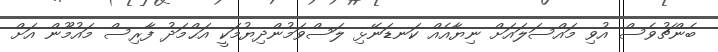
ބެންޗުވެސް އުވި މައްސަލައަށް ނިޔާއެއް ކަނޑަނޭޅި ލަސްވަމުންދިޔުމަކީ އަޙްމަދު ފާރިސް މައުމޫން އަށް